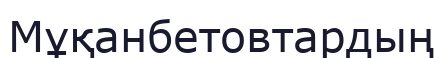
Мұқанбетовтардың